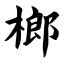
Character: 榔